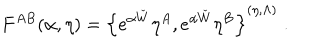
F ^ { A B } ( \alpha , \eta ) = \left\{ e ^ { \alpha \check { W } } \eta ^ { A } , e ^ { \alpha \check { W } } \eta ^ { B } \right\} ^ { ( \eta , \Lambda ) } \; .